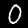
Digit: 0